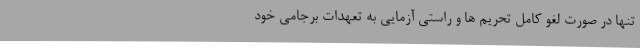
تنها در صورت لغو کامل تحریم ها و راستی آزمایی به تعهدات برجامی خود